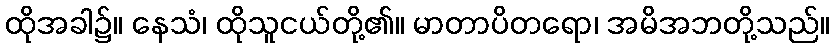
ထိုအခါ၌။ နေသံ၊ ထိုသူငယ်တို့၏။ မာတာပိတရော၊ အမိအဘတို့သည်။